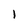
Character: l